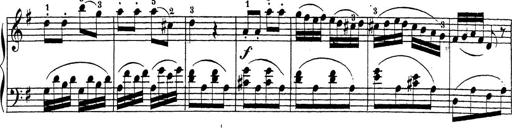
Title: 4 Sonatinas
Composer: Jacob Schmitt